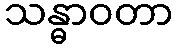
သန္ဓာဝတာ